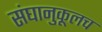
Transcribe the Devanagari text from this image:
संघानुकूलच